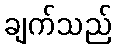
ချက်သည်